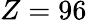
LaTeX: Z=96